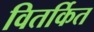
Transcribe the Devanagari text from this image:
वितर्कित